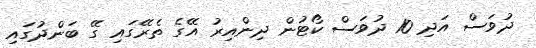
ދުވަސް އަދި 10 ދުވަސް ކޯޓުން ދިންއިރު އޭގެ ތެރޭގައި ގޭ ބަންދުގައި